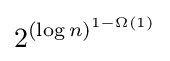
2^{(\log n)^{1-\Omega (1)}}